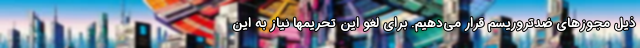
ذیل مجوزهای ضدتروریسم قرار می‌دهیم. برای لغو این تحریمها نیاز به این